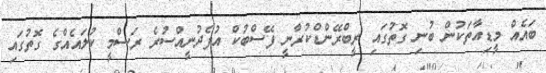
ބައެއް މީޑިއާތަކުން ބުނި ގޮތުގައި ރީބްރޭންޑްކުރާނީ ފޭސްބުކް އުފެދުނީއްސުރެ ރަސްމީ ކުލައެއްގެ ގޮތުގައި